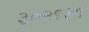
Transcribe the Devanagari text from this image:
३०२९३९